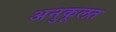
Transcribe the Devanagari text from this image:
अनुकूलत